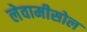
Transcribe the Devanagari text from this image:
लेवामीसोल